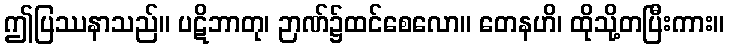
ဤပြဿနာသည်။ ပဋိဘာတု၊ ဉာဏ်၌ထင်စေလော။ တေနဟိ၊ ထိုသို့တပြီးကား။